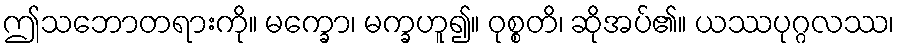
ဤသဘောတရားကို။ မက္ခော၊ မက္ခဟူ၍။ ဝုစ္စတိ၊ ဆိုအပ်၏။ ယဿပုဂ္ဂလဿ၊